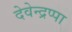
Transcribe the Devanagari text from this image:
देवेन्द्रप्पा